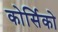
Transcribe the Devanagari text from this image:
कोर्सिको